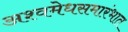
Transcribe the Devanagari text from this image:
अश्वमेधसमारंभात